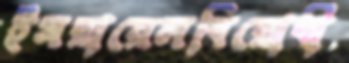
ইসরায়েলবিরোধী